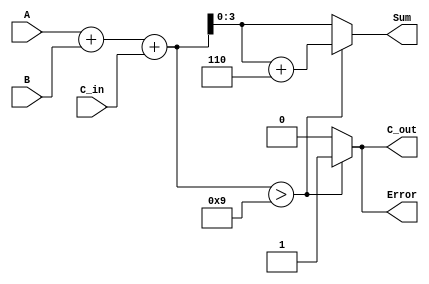
module BCD_Redundant_Binary_Adder (
    input  wire [3:0] A,      // First BCD digit
    input  wire [3:0] B,      // Second BCD digit
    input  wire C_in,         // Carry input
    output reg  [3:0] Sum,    // Resulting BCD digit
    output reg  C_out,        // Carry output
    output reg  Error         // Error flag
);

    // Internal signals
    wire [4:0] sum;           // 5-bit sum to accommodate carry
    wire [4:0] corrected_sum; // Corrected sum after BCD adjustment

    // Perform initial addition
    assign sum = A + B + C_in;

    // BCD correction logic
    always @(*) begin
        if (sum > 9) begin
            corrected_sum = sum + 5'd6; // Add 6 to correct BCD
            C_out = 1;                  // Set carry out
            Error = 1;                  // Set error flag
        end else begin
            corrected_sum = sum;        // No correction needed
            C_out = 0;                  // No carry out
            Error = 0;                  // No error
        end
        Sum = corrected_sum[3:0];      // Assign the lower 4 bits to Sum
    end

endmodule